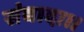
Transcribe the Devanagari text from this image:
संबादा।।